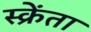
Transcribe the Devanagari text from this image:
स्क्रेंता